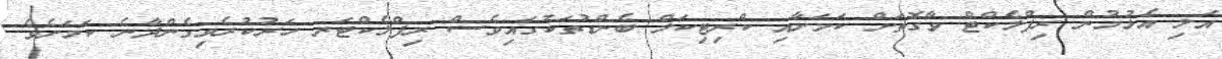
އަލި އެޅުމުން ރިފްލެކްޓް ވާގޮތަށް ކަމަށާއި ކްރިޓިކަލް ބެންޑުތަކުގައިވެސް ރިފްލެކްޓަރ ހަރުކުރެވިގެންދާނެ ކަމަށެވެ.